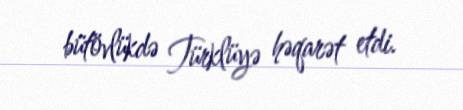
bütövlükdə Türklüyə həqarət etdi.